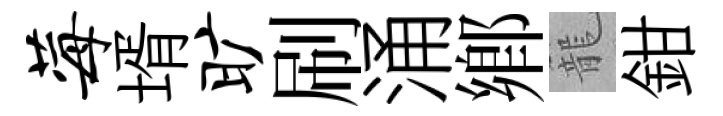
莓壻旷刷涌鄉籠鉗